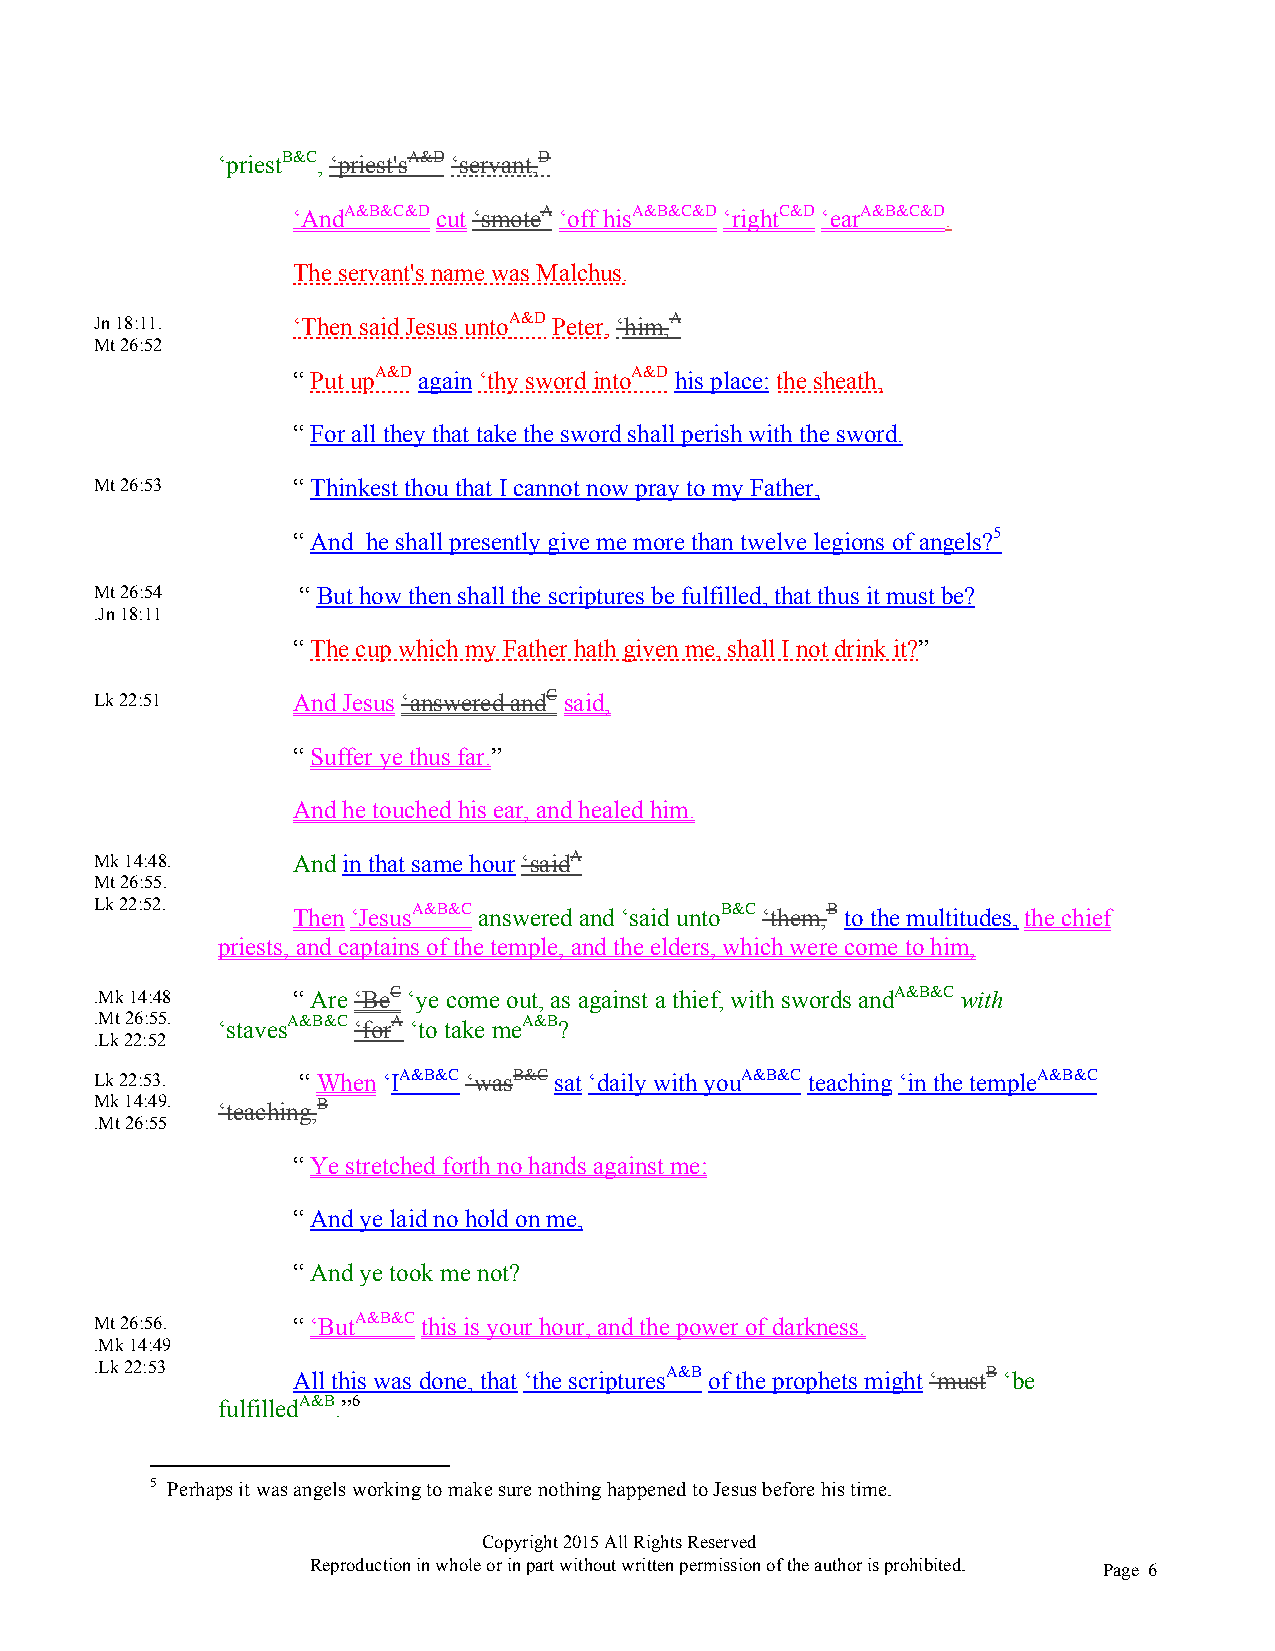
‘priestB&C, ‘priest'sA&D ‘servant,D
 ‘AndA&B&C&D cut ‘smoteA ‘off hisA&B&C&D ‘rightC&D ‘earA&B&C&D.
 The servant's name was Malchus.
 Jn 18:11.    ‘Then said Jesus untoA&D Peter, ‘him,A
 Mt 26:52
 “ Put upA&D again ‘thy sword intoA&D his place: the sheath,
 “ For all they that take the sword shall perish with the sword.
 Mt 26:53     “ Thinkest thou that I cannot now pray to my Father,
 “ And he shall presently give me more than twelve legions of angels?5
 Mt 26:54      “ But how then shall the scriptures be fulfilled, that thus it must be?
 .Jn 18:11
 “ The cup which my Father hath given me, shall I not drink it?”
 Lk 22:51     And Jesus ‘answered andC said,
 “ Suffer ye thus far.”
 And he touched his ear, and healed him.
 Mk 14:48.    And in that same hour ‘saidA
 Mt 26:55.
 Lk 22:52.    Then ‘JesusA&B&C answered and ‘said untoB&C ‘them,B to the multitudes, the chief
 priests, and captains of the temple, and the elders, which were come to him,
 .Mk 14:48    “ Are ‘BeC ‘ye come out, as against a thief, with swords andA&B&C with
 .Mt 26:55. ‘stavesA&B&C ‘forA ‘to take meA&B?
 .Lk 22:52
 Lk 22:53.     “ When ‘IA&B&C ‘wasB&C sat ‘daily with youA&B&C teaching ‘in the templeA&B&C
 Mk 14:49. ‘teaching,B
 .Mt 26:55
 “ Ye stretched forth no hands against me:
 “ And ye laid no hold on me,
 “ And ye took me not?
 Mt 26:56.    “ ‘ButA&B&C this is your hour, and the power of darkness.
 .Mk 14:49
 .Lk 22:53    All this was done, that ‘the scripturesA&B of the prophets might ‘mustB ‘be
 fulfilledA&B.”6
 5 Perhaps it was angels working to make sure nothing happened to Jesus before his time.
 Copyright 2015 All Rights Reserved
 Reproduction in whole or in part without written permission of the author is prohibited. Page 6